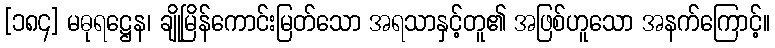
[၁၈၄] မဓုရဋ္ဌေန၊ ချိုမြိန်ကောင်းမြတ်သော အရသာနှင့်တူ၏ အဖြစ်ဟူသော အနက်ကြောင့်။